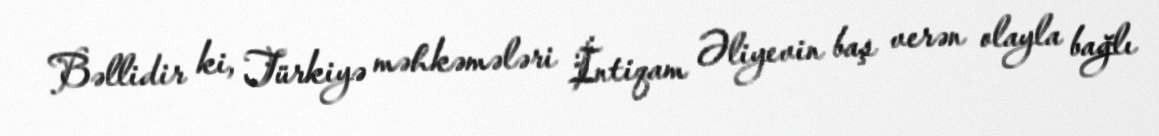
Bəllidir ki, Türkiyə məhkəmələri İntiqam Əliyevin baş verən olayla bağlı